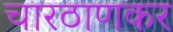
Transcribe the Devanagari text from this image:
चारठाणकर